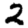
Digit: 2